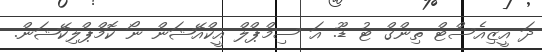
ދަ އީޒިއެސްޓް ތިންގް ޓު ޑޫ. އަ ސިމްޕްލް އީކްއޭޝަން ނޯ ކޮމްޕްލިކޭޝަން.